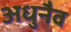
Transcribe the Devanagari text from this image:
अधुनैव